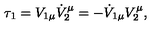
\tau _ { 1 } = V _ { 1 \mu } \dot { V } _ { 2 } ^ { \mu } = - \dot { V } _ { 1 \mu } V _ { 2 } ^ { \mu } ,